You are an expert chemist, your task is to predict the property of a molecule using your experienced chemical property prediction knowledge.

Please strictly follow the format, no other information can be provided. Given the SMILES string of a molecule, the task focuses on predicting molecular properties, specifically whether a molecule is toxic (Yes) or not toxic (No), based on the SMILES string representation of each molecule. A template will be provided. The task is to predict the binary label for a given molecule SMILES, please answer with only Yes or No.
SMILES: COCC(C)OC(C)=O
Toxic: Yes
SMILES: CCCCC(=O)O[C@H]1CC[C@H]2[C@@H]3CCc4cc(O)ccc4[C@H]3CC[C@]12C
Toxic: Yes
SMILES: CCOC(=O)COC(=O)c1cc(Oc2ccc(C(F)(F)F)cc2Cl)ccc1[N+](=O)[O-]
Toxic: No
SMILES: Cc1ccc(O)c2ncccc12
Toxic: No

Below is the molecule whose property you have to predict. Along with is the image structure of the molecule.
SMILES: O=C(O)/C=C/c1ccccc1
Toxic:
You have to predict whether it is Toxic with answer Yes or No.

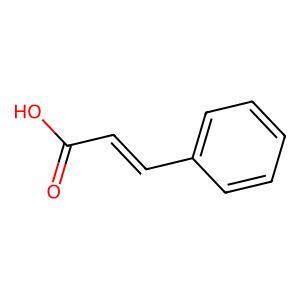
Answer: No